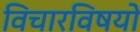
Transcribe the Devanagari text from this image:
विचारविषयों